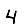
Digit: 4